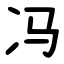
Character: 冯